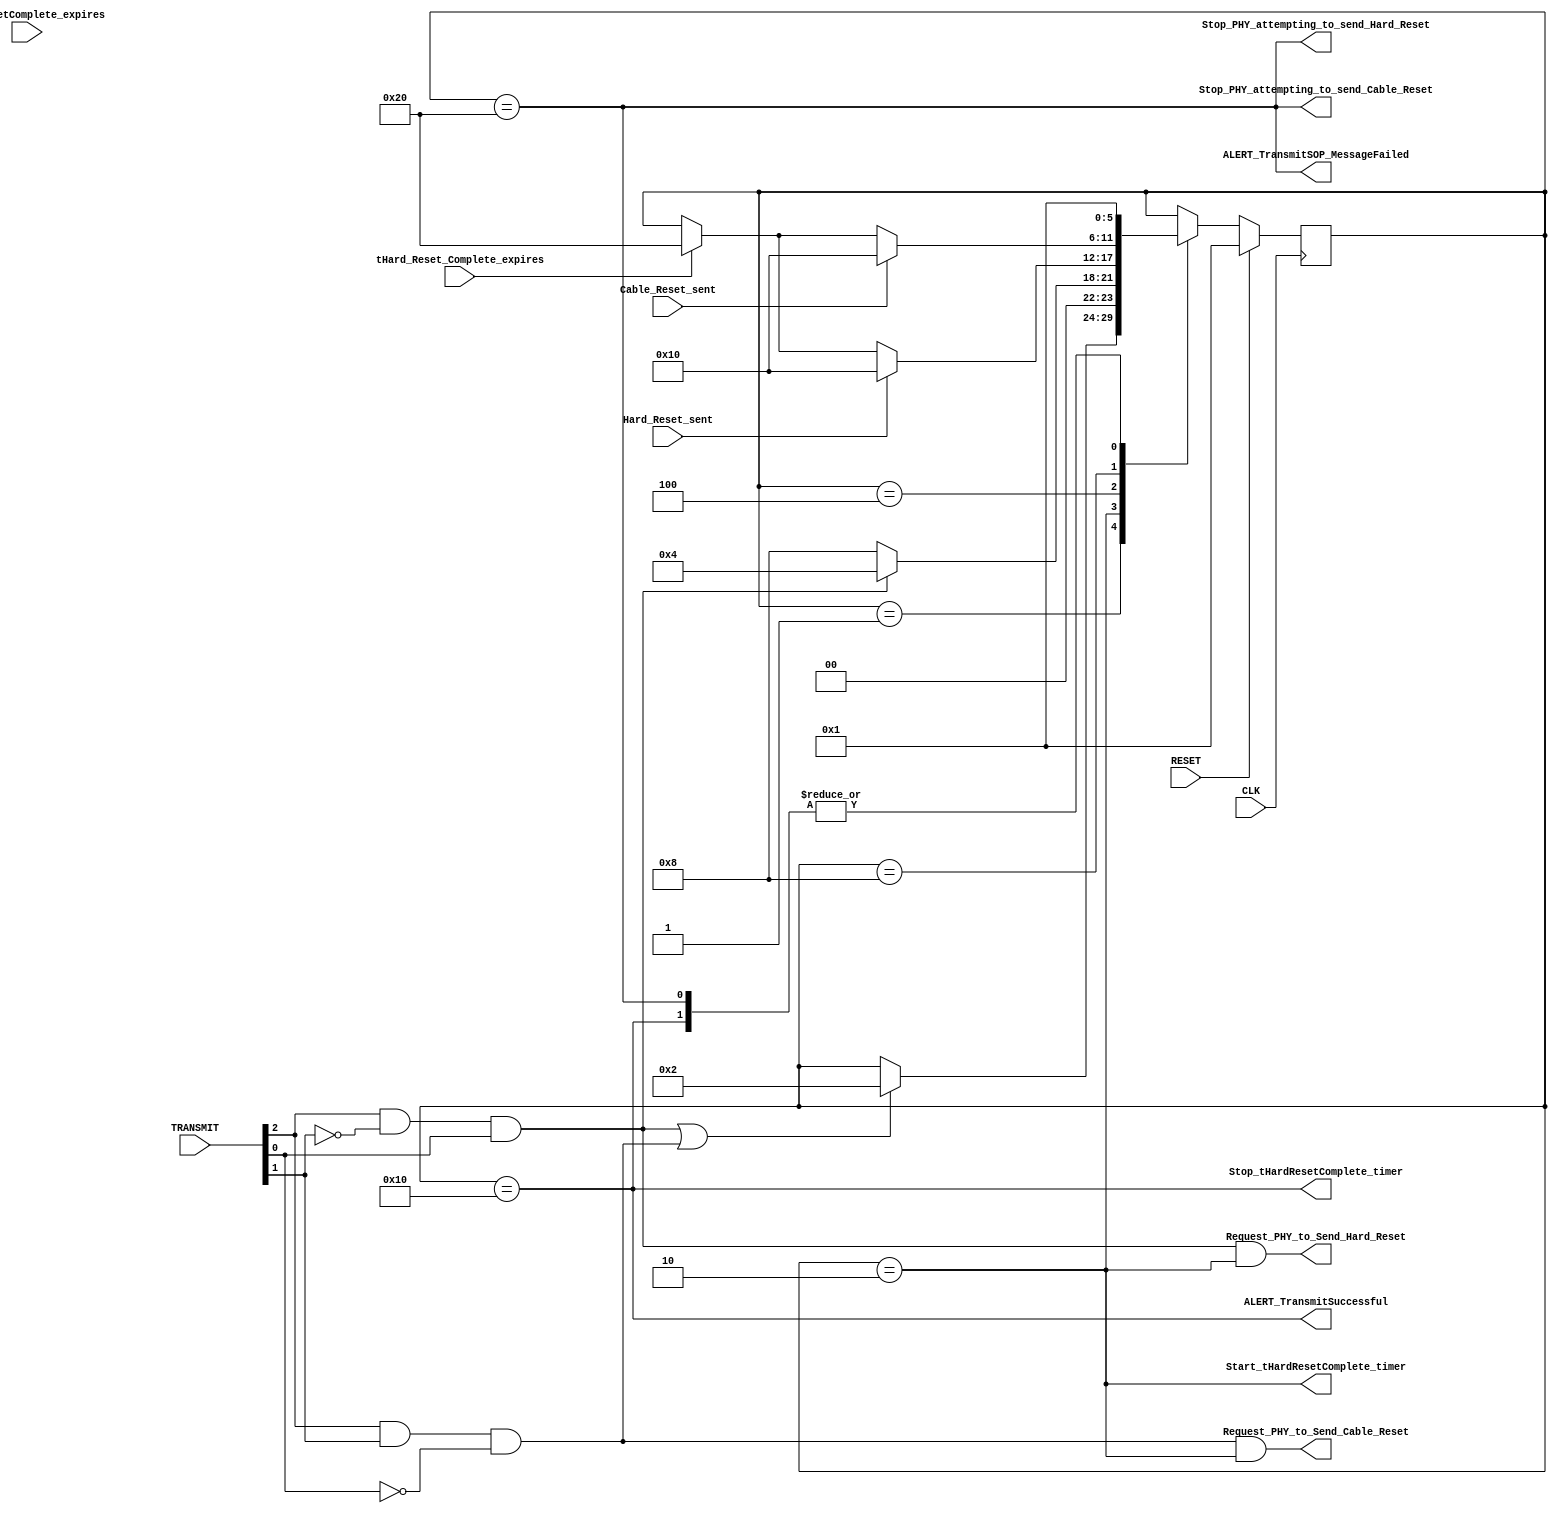
module hardReset(output wire Start_tHardResetComplete_timer,
    output wire Request_PHY_to_Send_Hard_Reset,
    output wire Request_PHY_to_Send_Cable_Reset,
    output wire Stop_PHY_attempting_to_send_Hard_Reset,
    output wire Stop_PHY_attempting_to_send_Cable_Reset,
    output wire Stop_tHardResetComplete_timer,
    output wire ALERT_TransmitSuccessful,
    output wire ALERT_TransmitSOP_MessageFailed,
    input wire  [2:0] TRANSMIT,
    input wire tHard_Reset_Complete_expires,
    input wire  Hard_Reset_sent,
    input wire  Cable_Reset_sent,
    input wire tHardResetComplete_expires,
    input wire RESET,
    input wire  CLK);
    wire   Hard_Reset_Request;
    wire   Cable_Reset_Request;
    reg [5:0] CurrentState;
    reg [5:0] NextState;
    reg [8:0] HardResetComplete_timer;
    localparam Wait_for_Reset_Request    = 6'b000001;
    localparam Construct_Message         = 6'b000010;
    localparam Wait_for_Hard_Reset_sent  = 6'b000100;
    localparam Wait_for_Cable_Reset_sent = 6'b001000;
    localparam Success                   = 6'b010000;
    localparam Failure                   = 6'b100000;
    assign Hard_Reset_Request = TRANSMIT[2] && !TRANSMIT[1] && TRANSMIT[0];
    assign Cable_Reset_Request= TRANSMIT[2] && TRANSMIT[1] && !TRANSMIT[0];
    assign Request_PHY_to_Send_Hard_Reset = Hard_Reset_Request  && CurrentState==Construct_Message;
    assign Request_PHY_to_Send_Cable_Reset= Cable_Reset_Request && CurrentState==Construct_Message;
    assign Start_tHardResetComplete_timer = CurrentState==Construct_Message;
    assign Stop_PHY_attempting_to_send_Hard_Reset = CurrentState==Failure;
    assign Stop_PHY_attempting_to_send_Cable_Reset= CurrentState==Failure;
    assign ALERT_TransmitSOP_MessageFailed= CurrentState==Failure;
    assign Stop_tHardResetComplete_timer  = CurrentState==Success;
    assign ALERT_TransmitSuccessful       = CurrentState==Success;
    always@( * )
    begin
        NextState = CurrentState;
    case(CurrentState)
        Wait_for_Reset_Request:
            begin
            if(Hard_Reset_Request || Cable_Reset_Request) begin NextState = Construct_Message; end
            end
        Construct_Message:
            begin
            if(Hard_Reset_Request)  NextState = Wait_for_Hard_Reset_sent;
            else  NextState = Wait_for_Cable_Reset_sent;
            end
        Wait_for_Hard_Reset_sent:
            begin
            if(Hard_Reset_sent) NextState = Success;
            else if(tHard_Reset_Complete_expires) NextState = Failure;
            end
        Wait_for_Cable_Reset_sent:
            begin
            if(Cable_Reset_sent) NextState = Success;
            else if(tHard_Reset_Complete_expires) NextState = Failure;
            end 
        Success:
            begin
            NextState = Wait_for_Reset_Request;
            end
        Failure:
            begin
            NextState = Wait_for_Reset_Request;
            end
    endcase
    end
    always@(posedge CLK)
    begin
        if(RESET) CurrentState  <= Wait_for_Reset_Request;
        else      CurrentState  <= NextState;
    end
endmodule